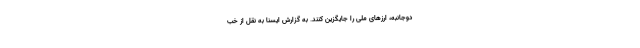
دوجانبه، ارز‌های ملی را جایگزین کنند. به گزارش ایسنا به نقل از خب